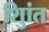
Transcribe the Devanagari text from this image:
शुिांत